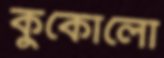
কুকোলো